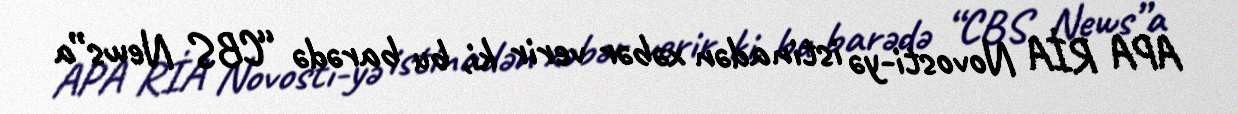
APA RİA Novosti-yə istinadən xəbər verir ki, bu barədə “CBS News”a